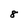
Character: 8